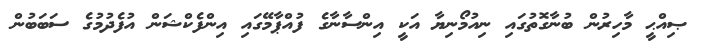
ޞިއްޙީ މާހިރުން ބުނާގޮތުގައި ނިއުމޯނިޔާ އަކީ އިންސާނާގެ ފުއްޕާމޭގައި އިންފެކްޝަން އުފެދުމުގެ ސަބަބުން